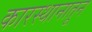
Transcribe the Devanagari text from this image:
कारस्थानातून